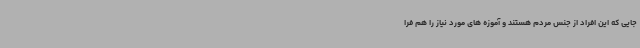
جایی که این افراد از جنس مردم هستند و آموزه های مورد نیاز را هم فرا